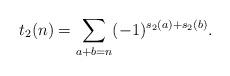
LaTeX: \begin{align*}t_{2}(n)=\sum_{a+b=n}(-1)^{s_{2}(a)+s_{2}(b)}.\end{align*}